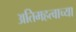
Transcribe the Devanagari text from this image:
अतिमहत्वाच्या